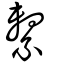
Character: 繋